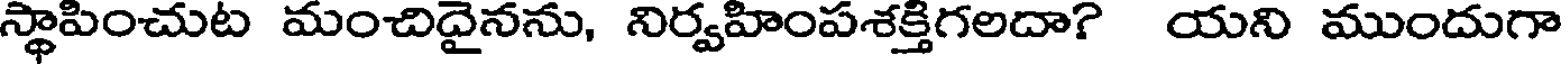
స్థాపించుట మంచిదైనను, నిర్వహింపశక్తిగలదా? యని ముందుగా